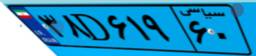
۹۱D۹۹۴۹۸